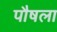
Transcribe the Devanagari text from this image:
पौषला